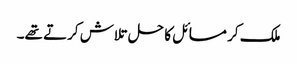
ملک کر مسائل کا حل تلاش کرتے تھے۔